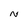
Character: N